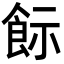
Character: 𩚪